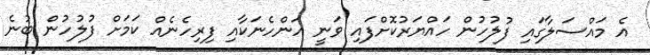
އެ މައްސަލާގައި ފުލުހުން ހައްޔަރުކޮށްފައި ވަނީ އަންހެނަކާއި ފިރިހެނެއް ކަމަށް ފުލުހުން ބުނެ